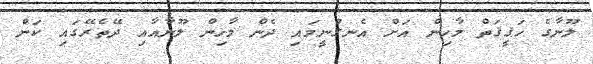
ލޫނާގެ ހަޤީޤަތް މާހިން އަށް އެނގުނީމައި ދެން މާހިން ލޫނާއާއި ދޭތެރޭގައި ކަން